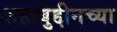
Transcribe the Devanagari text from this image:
शहाबुद्दीनच्या